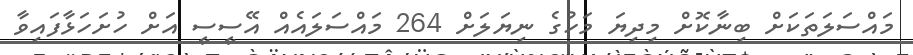
މައްސަލަތަކަށް ބިނާކޮށް މިދިޔަ މަހުގެ ނިޔަލަށް 264 މައްސަލައެއް އޭސީސީ އަށް ހުށަހަޅާފައިވާ